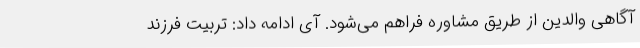
آگاهی والدین از طریق مشاوره فراهم می‌شود. آی ادامه داد: تربیت فرزند